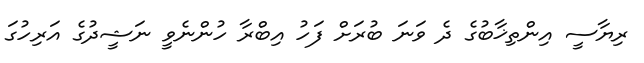
ރިޔާސީ އިންތިޚާބުގެ ދެ ވަނަ ބުރަށް ފަހު އިބްރާ ހުންނެވީ ނަޝީދުގެ އަރިހުގަ